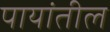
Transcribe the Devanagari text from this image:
पायांतील